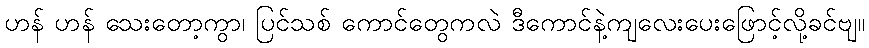
ဟန် ဟန် သေးတော့ကွာ၊ ပြင်သစ် ကောင်တွေကလဲ ဒီကောင်နဲ့ကျလေးပေးဖြောင့်လို့ခင်ဗျ။